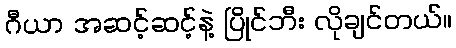
ဂီယာ အဆင့်ဆင့်နဲ့ ပြိုင်ဘီး လိုချင်တယ်။